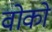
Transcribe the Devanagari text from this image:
वोको